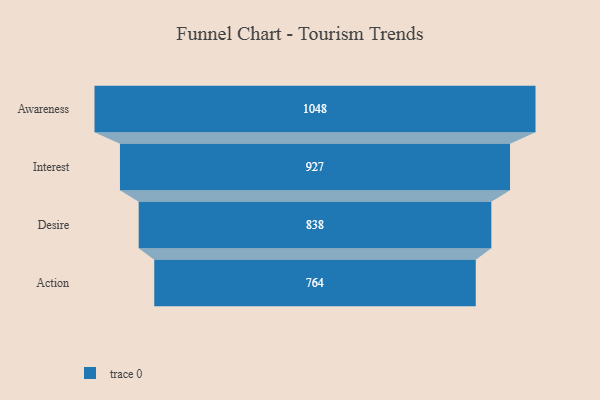
{"axis": {"x": "Stage", "y": "Value"}, "legend": [""], "data": [{"x": "Awareness", "y": 1048.0, "type": ""}, {"x": "Interest", "y": 927.0, "type": ""}, {"x": "Desire", "y": 838.0, "type": ""}, {"x": "Action", "y": 764.0, "type": ""}]}